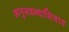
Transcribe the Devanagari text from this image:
अनुभवल्याशिवाय